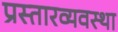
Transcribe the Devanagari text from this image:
प्रस्तारव्यवस्था